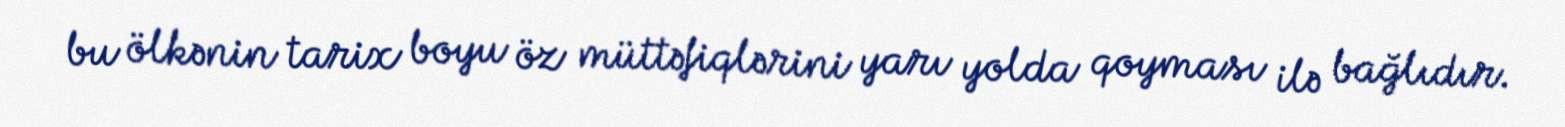
bu ölkənin tarix boyu öz müttəfiqlərini yarı yolda qoyması ilə bağlıdır.